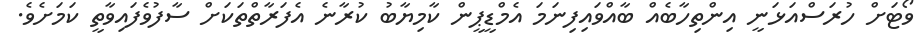
ވޯޓަށް ހުރަސްއަޅަނީ އިންތިހާބެއް ބާއްވައިފިނަމަ އެމްޑީޕީން ކާމިޔާބު ކުރާނެ އެފަރާތްތަކަށް ސާފުވެފައިވާތީ ކަމަށެވެ.